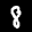
Label: 8